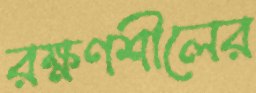
রক্ষণশীলের